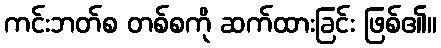
ကင်းဘတ်စ တစ်စကို ဆက်ထားခြင်း ဖြစ်၏။